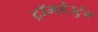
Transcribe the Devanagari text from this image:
ट्रॉमडेउटुंग